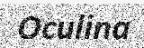
Oculina